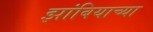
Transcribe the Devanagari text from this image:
झांबियाच्या